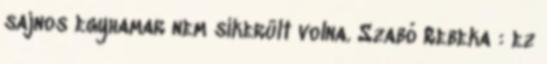
sajnos egyhamar nem sikerült volna. Szabó Rebeka : ez